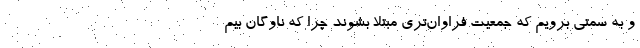
و به سمتی برویم که جمعیت فراوان‌تری مبتلا بشوند چرا که ناوگان بیم